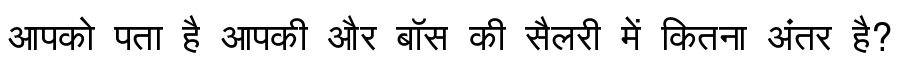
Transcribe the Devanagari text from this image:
आपको पता है आपकी और बॉस की सैलरी में कितना अंतर है?